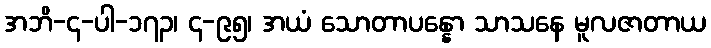
အဘိ-၄-ပါ-၁၇၃၊ ၄-၉၅၊ အယံ သောတာပန္နော သာသနေ မူလဇာတာယ